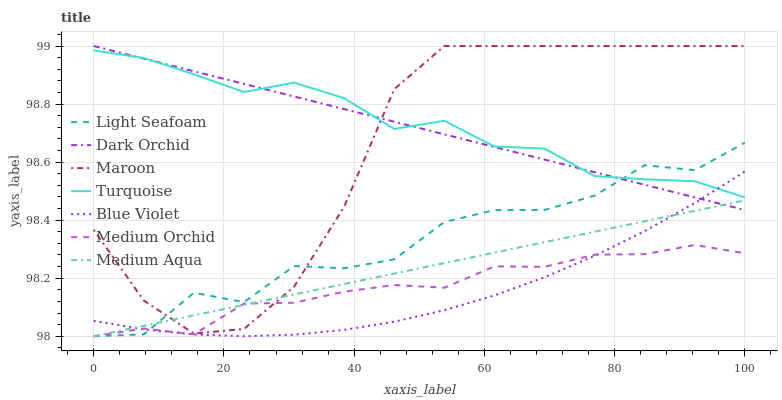
| xaxis_label | Light Seafoam | Dark Orchid | Maroon | Turquoise | Blue Violet | Medium Orchid | Medium Aqua |
 | --- | --- | --- | --- | --- | --- | --- | --- |
 | 0 | 98 | 99 | 98.4 | 99 | 98.1 | 98 | 98 |
 | 7.69 | 98 | 99 | 98.1 | 99 | 98 | 98 | 98 |
 | 15.4 | 98.1 | 98.9 | 98 | 98.9 | 98 | 98 | 98.1 |
 | 23.1 | 98.1 | 98.9 | 98 | 98.8 | 98 | 98.1 | 98.1 |
 | 30.8 | 98.2 | 98.8 | 98.2 | 98.9 | 98 | 98.1 | 98.1 |
 | 38.5 | 98.2 | 98.8 | 98.4 | 98.8 | 98 | 98.2 | 98.2 |
 | 46.2 | 98.3 | 98.7 | 98.9 | 98.7 | 98.1 | 98.2 | 98.2 |
 | 53.8 | 98.4 | 98.7 | 99 | 98.7 | 98.1 | 98.2 | 98.3 |
 | 61.5 | 98.4 | 98.7 | 99 | 98.7 | 98.1 | 98.2 | 98.3 |
 | 69.2 | 98.4 | 98.6 | 99 | 98.6 | 98.2 | 98.2 | 98.3 |
 | 76.9 | 98.5 | 98.6 | 99 | 98.6 | 98.3 | 98.3 | 98.4 |
 | 84.6 | 98.6 | 98.5 | 99 | 98.5 | 98.4 | 98.3 | 98.4 |
 | 92.3 | 98.6 | 98.5 | 99 | 98.5 | 98.5 | 98.3 | 98.4 |
 | 100 | 98.7 | 98.4 | 99 | 98.5 | 98.6 | 98.3 | 98.5 |